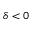
\delta < 0